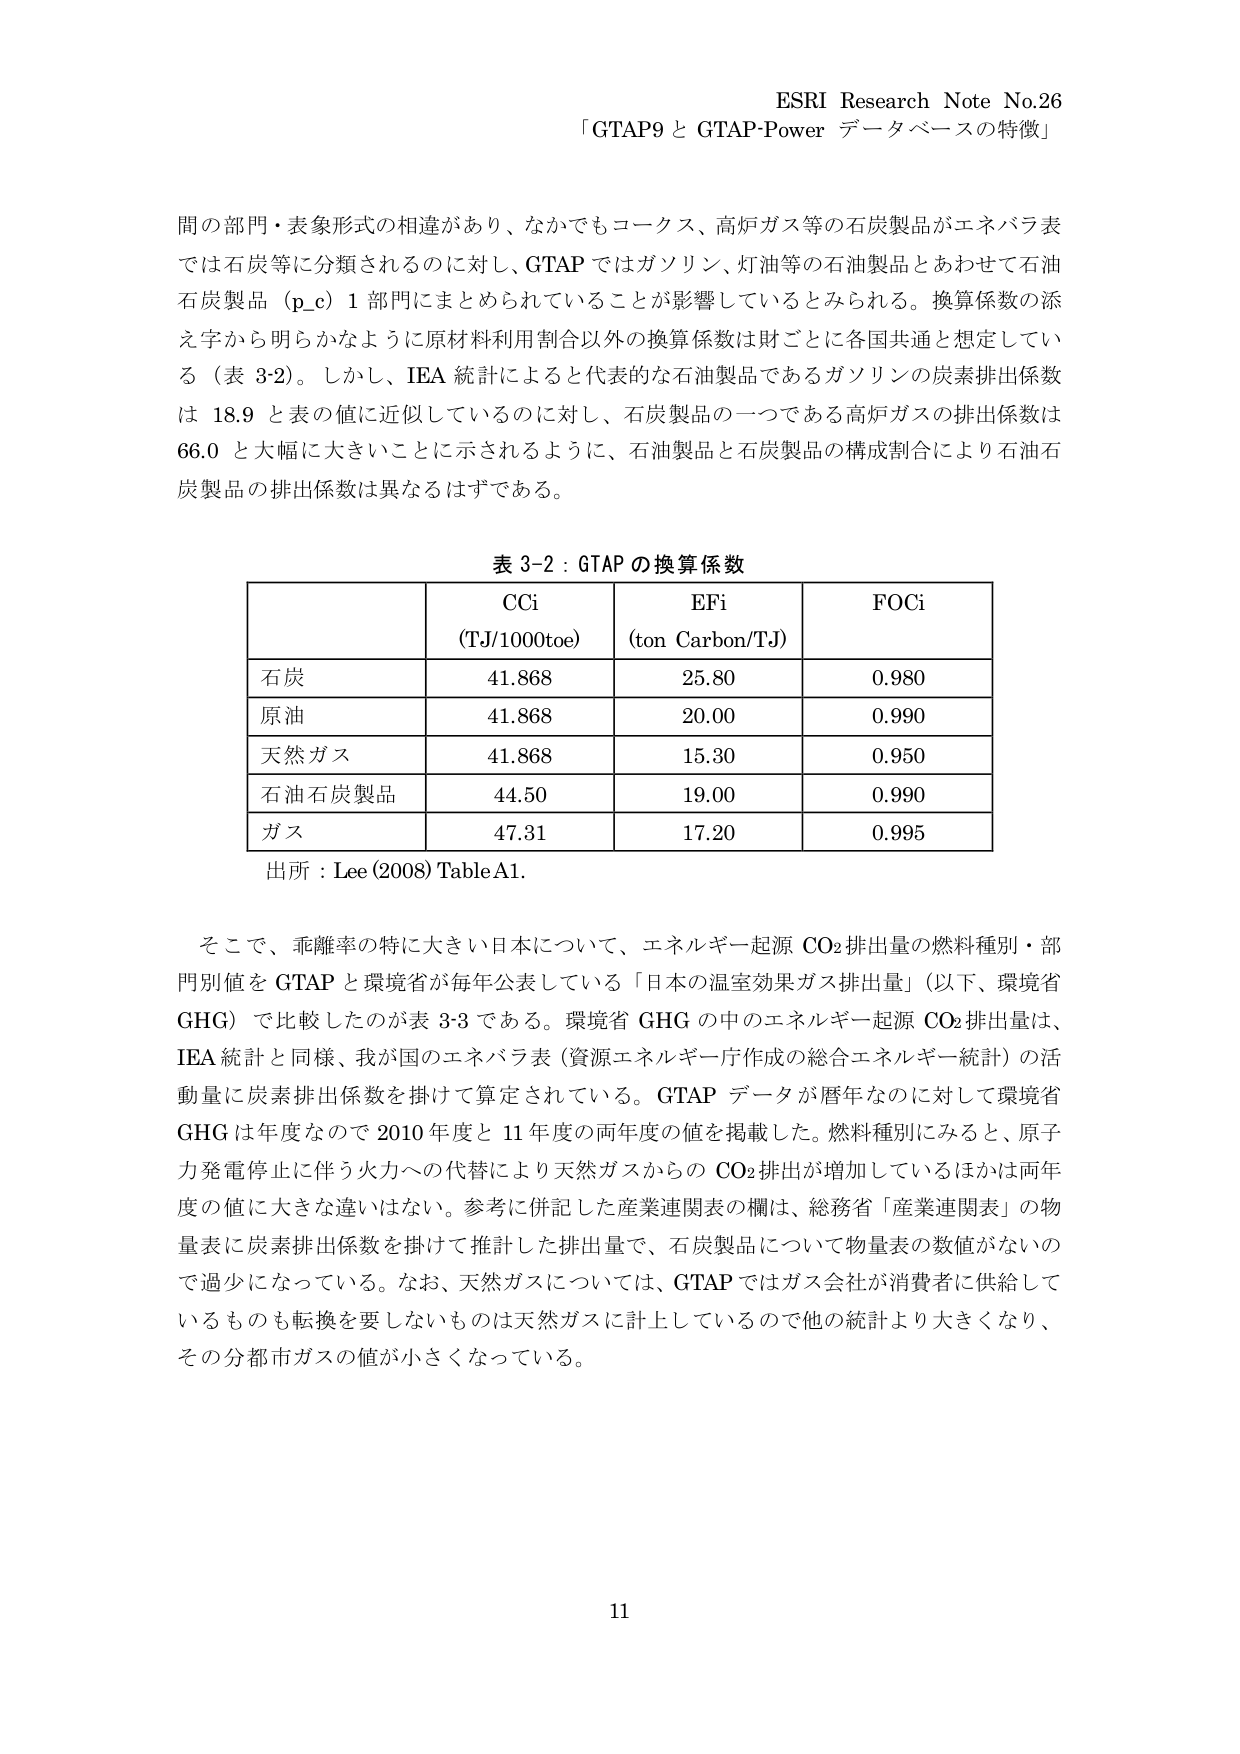
ESRI Research Note No.26
「GTAP9 と GTAP-Power データベースの特徴」

間の部門・表象形式の相違があり、なかでもコークス、高炉ガス等の石炭製品がエネパラ表
では石炭等に分類されるのに対し、GTAP ではガソリン、灯油等の石油製品とあわせて石油
石炭製品（p_c）1 部門にまとめられていることが影響しているとみられる。換算係数の添
え字から明らかなように原材料利用割合以外の換算係数は財ごとに各国共通と想定してい
る（表 3-2）。しかし、IEA 統計によると代表的な石油製品であるガソリンの炭素排出係数
は 18.9 と表の値に近似しているのに対し、石炭製品の一つである高炉ガスの排出係数は
66.0 と大幅に大きいことに示されるように、石油製品と石炭製品の構成割合により石油石
炭製品の排出係数は異なるはずである。

表 3-2：GTAP の換算係数
| | CCI (TJ/1000toe) | EFi (ton Carbon/TJ) | FOCi |
|---|---|---|---|
| 石炭 | 41.868 | 25.80 | 0.980 |
| 原油 | 41.868 | 20.00 | 0.990 |
| 天然ガス | 41.868 | 15.30 | 0.950 |
| 石油石炭製品 | 44.50 | 19.00 | 0.990 |
| ガス | 47.31 | 17.20 | 0.995 |

出所：Lee (2008) Table A1.

そこで、乖離率の特に大きい日本について、エネルギー起源 CO₂ 排出量の燃料種別・部
門別値を GTAP と環境省が毎年公表している「日本の温室効果ガス排出量」（以下、環境省
GHG）で比較したのが表 3-3 である。環境省 GHG の中のエネルギー起源 CO₂ 排出量は、
IEA 統計と同様、我が国のエネパラ表（資源エネルギー庁作成の総合エネルギー統計）の活
動量に炭素排出係数を掛けて算定されている。GTAP データが暦年なのに対して環境省
GHG は年度なので 2010 年度と 11 年度の両年度の値を掲載した。燃料種別にみると、原子
力発電停止に伴う火力への代替により天然ガスからの CO₂ 排出が増加しているほかは両年
度の値に大きな違いはない。参考に併記した産業連関表の欄は、総務省「産業連関表」の物
量表に炭素排出係数を掛けて推計した排出量で、石炭製品について物量表の数値がないの
で過少になっている。なお、天然ガスについては、GTAP ではガス会社が消費者に供給して
いるものも転換を要しないものは天然ガスに計上しているので他の統計より大きくなり、
その分都市ガスの値が小さくなっている。

11